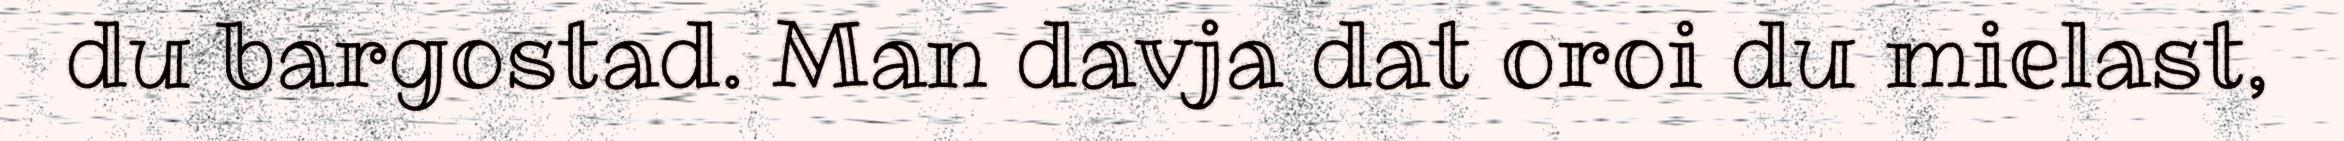
du bargostad. Man davja dat oroi du mielast,